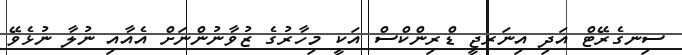
ސިނގެރޭޓް އަދި އިނަރޖީ ޑްރިންކްސް އަކީ މިހާރުގެ ޒުވާނުންނަށް އެއާއި ނުލާ ނުޅެވޭ